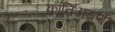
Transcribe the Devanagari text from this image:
क्रांतिअग्रणी